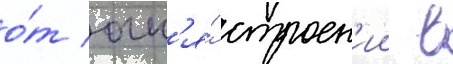
о́т огн'я́ строен'ии в